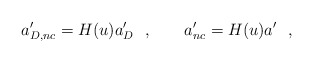
\begin{align*}a_{D,nc}'=H(u)a_D'\ \ ,\qquad a'_{nc}=H(u)a'\ \ ,\end{align*}